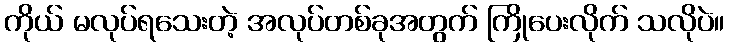
ကိုယ် မလုပ်ရသေးတဲ့ အလုပ်တစ်ခုအတွက် ကြိုပေးလိုက် သလိုပဲ။